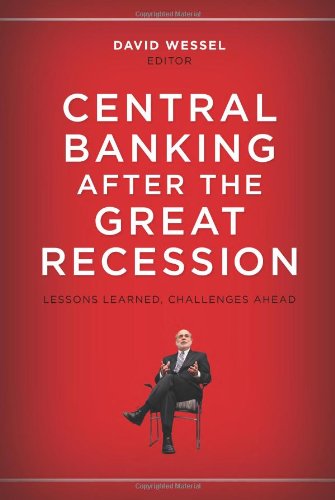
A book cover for Central Banking after the Great Recession: Lessons Learned, Challenges Ahead; Business & Money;